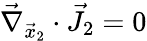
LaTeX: \vec{\nabla}_{\vec{x}_{2}}\cdot\vec{J}_{2}=0